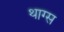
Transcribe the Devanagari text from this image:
थाग्स